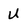
Character: U